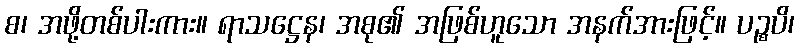
စ၊ အဖို့တစ်ပါးကား။ ရာသဋ္ဌေန၊ အစု၏ အဖြစ်ဟူသော အနက်အားဖြင့်။ ပဉ္စပိ၊